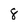
Character: 8